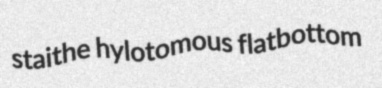
staithe hylotomous flatbottom